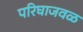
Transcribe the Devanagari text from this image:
परिघाजवळ